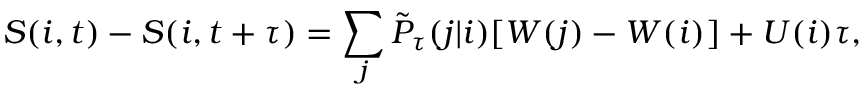
S ( i , t ) - S ( i , t + \tau ) = \sum _ { j } \tilde { P } _ { \tau } ( j | i ) [ W ( j ) - W ( i ) ] + U ( i ) \tau ,